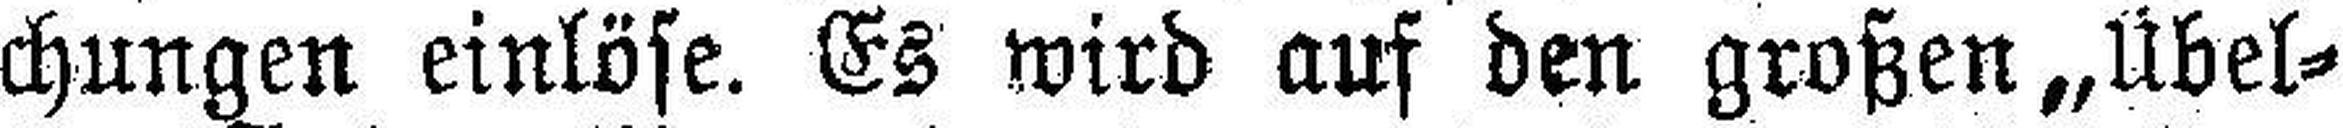
chungen einlöse. Es wird auf den großen „Übel¬